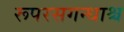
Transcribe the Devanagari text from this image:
रूपरसगन्धाश्च